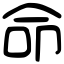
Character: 命